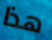
هذا